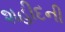
શહીદની